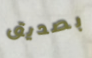
بصديق